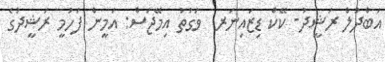
އަބްދުލް ރަޝީދު- ކޭކް ޑިޒައިނަރ  ވަގުތު އިމޭޖަސް: އަމީން ފަހުމީ ރަޝީދުގެ